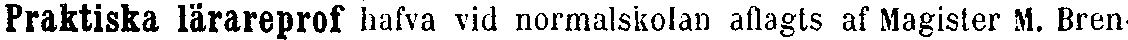
Praktiska lärareprof hafva vid normalskolan aflagts af Magister M. Bren-